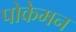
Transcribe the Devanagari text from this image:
पोकेमन